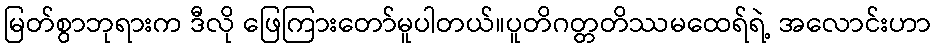
မြတ်စွာဘုရားက ဒီလို ဖြေကြားတော်မူပါတယ်။ပူတိဂတ္တတိဿမထေရ်ရဲ့ အလောင်းဟာ